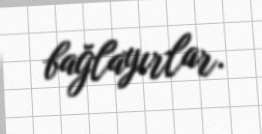
bağlayırlar.